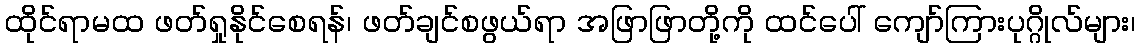
ထိုင်ရာမထ ဖတ်ရှုနိုင်စေရန်၊ ဖတ်ချင်စဖွယ်ရာ အဖြာဖြာတို့ကို ထင်ပေါ် ကျော်ကြားပုဂ္ဂိုလ်များ၊